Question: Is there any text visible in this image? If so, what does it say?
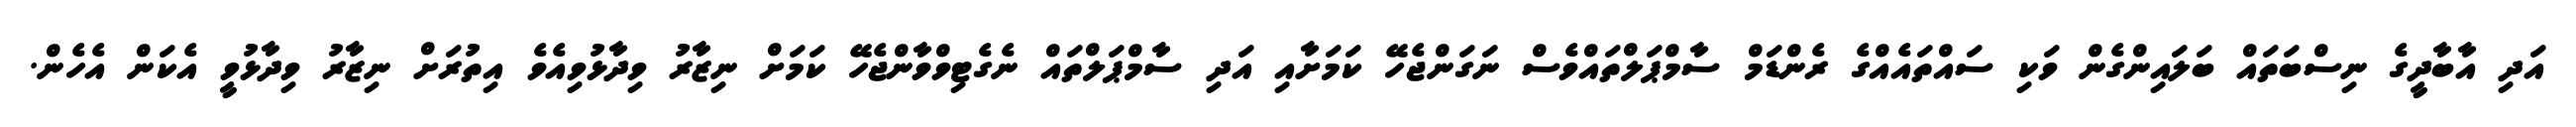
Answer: އަދި އާބާދީގެ ނިސްބަތައް ބަލައިންގެން ވަކި ސައްތައެއްގެ ރެންޑަމް ސާމްޕަލްތައްވެސް ނަގަންޖެހޭ ކަމަށާއި އަދި ސާމްޕަލްތައް ނެގެޓިވްވާންޖެހޭ ކަމަށް ނިޒާރު ވިދާޅުވިއެވެ އިތުރަށް ނިޒާރު ވިދާޅުވީ އެކަން އެހެން.